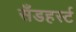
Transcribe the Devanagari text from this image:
सॅँडहर्स्ट